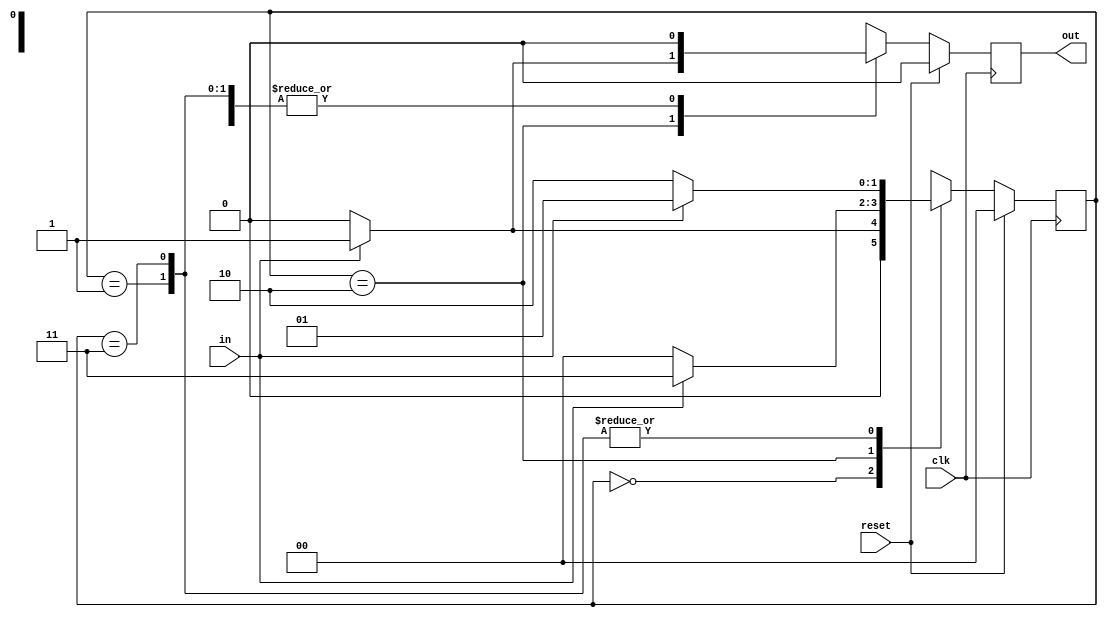
//Verilog Code for 101 Sequence Detector (Moore Machine Overlapping)
module fsm_detector_mooreo(
    input in,
    input reset,
    input clk,
    output reg out
    );
    
    parameter s0=2'b00;
    parameter s1=2'b01;
    parameter s2=2'b10;
    parameter s3=2'b11; 
    
    reg [1:0]cst;
    reg [1:0]nst;
    always@(posedge clk)
     begin
       if(reset)
         begin
          out=1'b0;
          cst=1'b0;
          nst=1'b0;
         end
       else
         begin
         cst=nst; //remember
          case(cst)
        
         s0: if(in)
              begin
               out=1'b0;
               nst=s1;
              end
               else
               begin
               out=1'b0;
               nst=s0;
               end
          s1: if(in)
              begin
               out=1'b0;
               nst=s1;
              end
               else
               begin
               out=1'b0;
               nst=s2;
               end
          s2: if(in)
              begin
               out=1'b1;
               nst=s3;
              end
               else
               begin
               out=1'b0;
               nst=s0;
               end
          s3: if(in)
              begin
               out=1'b0;
               nst=s1;
              end
               else
               begin
               out=1'b0;
               nst=s2;
               end               
          endcase
           
        end
     end
    
endmodule